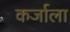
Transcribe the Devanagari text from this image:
कर्जाला